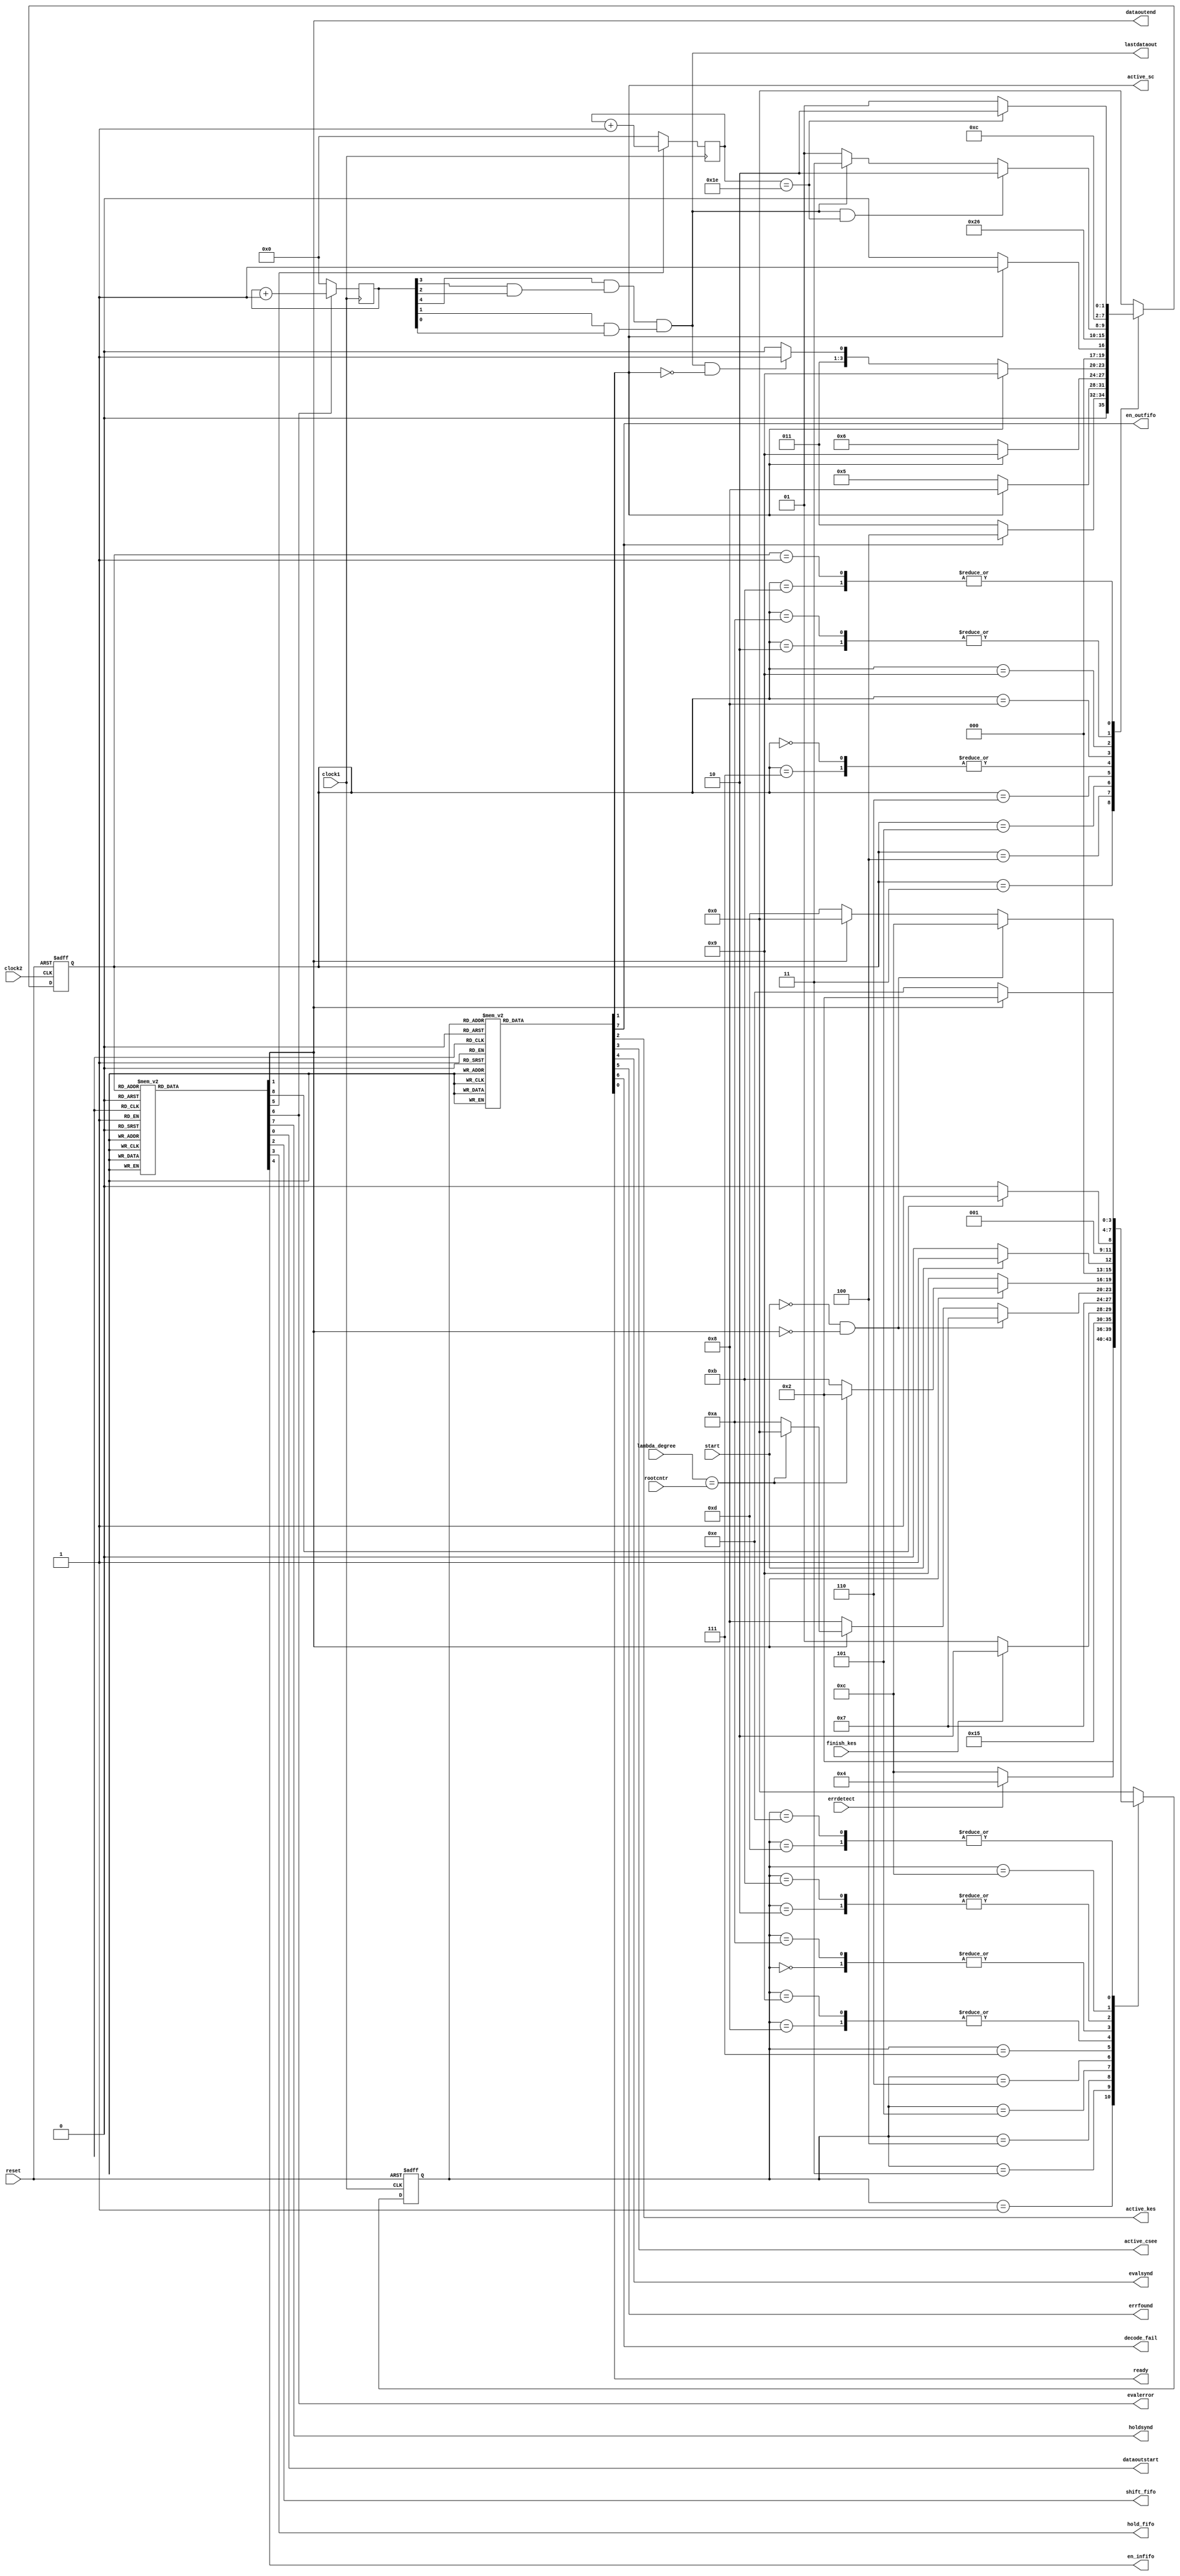
//****************************************************//
// This controller provides timing synchronization    //
// among all four modules (SC, KES, CSEE and FIFO     //
// Registers). It consists of 2 FSMs that operate on  //
// different clock phases.                            //
// With these FSMs, it is possible for SC block to    //
// get new received word data, while CSEE is still    //
// correcting old data. It is no need to wait the     //
// CSEE block to correct old data completely.         //
// So, it can minimize throughput bottleneck          //
// to only in KES block.                              //
//****************************************************//

module MainControl(start, reset, clock1, clock2, finish_kes,
                  errdetect, rootcntr, lambda_degree, active_sc, 
                  active_kes, active_csee, evalsynd, holdsynd, 
                  errfound, decode_fail, ready, dataoutstart, 
                  dataoutend, shift_fifo, hold_fifo, en_infifo, 
                  en_outfifo, lastdataout, evalerror);

input start, reset;
input clock1, clock2;
input errdetect, finish_kes;
input [2:0] rootcntr, lambda_degree;
output active_sc, active_kes, active_csee, ready;
output evalsynd, holdsynd, errfound, decode_fail;
output dataoutstart, dataoutend;
output shift_fifo, hold_fifo, en_infifo, en_outfifo;
output lastdataout, evalerror;

reg active_sc, active_kes, active_csee;
reg ready, decode_fail, evalsynd, holdsynd, errfound;
reg shift_fifo, hold_fifo, en_infifo, en_outfifo;
reg encntdataout, encntdatain;
reg [4:0] cntdatain, cntdataout;
reg dataoutstart, dataoutend;
reg datainfinish;
wire lastdataout;

parameter [3:0] st1_0=0, st1_1=1, st1_2=2, st1_3=3, st1_4=4, st1_5=5, 
                st1_6=6, st1_7=7, st1_8=8, st1_9=9, st1_10=10, 
                st1_11=11, st1_12=12, st1_13=13, st1_14=14;
reg [3:0] state1, nxt_state1;

parameter [3:0] st2_0=0, st2_1=1, st2_2=2, st2_3=3, st2_4=4, st2_5=5,
                st2_6=6, st2_7=7, st2_8=8, st2_9=9, st2_10=10,
                st2_11=11;
reg [3:0] state2, nxt_state2;

//***************************************************//
//                    FSM 1                          //
//***************************************************//
always@(posedge clock1 or negedge reset)
begin
    if(~reset)
      state1 = st1_0;
    else
      state1 = nxt_state1;    
end

always@(state1 or start or rootcntr or lambda_degree or errdetect 
         or datainfinish or finish_kes or dataoutend)
begin
   case(state1)
        st1_0 : begin
                if(start)
                  nxt_state1 = st1_1;
                else
                  nxt_state1 = st1_0;
                end
        st1_1 : nxt_state1 = st1_2;
        st1_2 : begin
                if(datainfinish)
                   nxt_state1 = st1_3;
                else
                   nxt_state1 = st1_2;
                end   
        st1_3 : begin
                if(errdetect)
                   nxt_state1 = st1_4;
                else
                   nxt_state1 = st1_12;
                end
        st1_4 : nxt_state1 = st1_5;
        st1_5 : begin
                if(finish_kes)
                  nxt_state1 = st1_6;
                else
                   nxt_state1 = st1_5;
                end
        st1_6 : nxt_state1 = st1_7;
        st1_7 : begin
                if((~start)&&(~dataoutend))
                   nxt_state1 = st1_7;
                else if(dataoutend)
                   begin
                       if(lambda_degree == rootcntr)
                          nxt_state1 = st1_0;
                       else
                          nxt_state1 = st1_10;
                   end
                else
                   nxt_state1 = st1_8;
                end
        st1_8 : begin
                if(dataoutend)
                   begin
                      if(lambda_degree == rootcntr)
                         nxt_state1 = st1_2;
                      else
                         nxt_state1 = st1_11;
                   end
                else
                   nxt_state1 = st1_9;
                end
        st1_9 : begin
                if(dataoutend)
                   begin
                      if(lambda_degree == rootcntr)
                         nxt_state1 = st1_2;
                      else
                         nxt_state1 = st1_11;
                   end
                else
                   nxt_state1 = st1_9;
                end 
        st1_10: begin
                if(start)
                   nxt_state1 = st1_1;
                else
                   nxt_state1 = st1_0;
                end
        st1_11: begin
                if(datainfinish)
                   nxt_state1 = st1_3;
                else
                   nxt_state1 = st1_2;
                end
        st1_12: begin
                if((~start)&&(~dataoutend))
                   nxt_state1 = st1_12;
                else if(dataoutend)
                   nxt_state1 = st1_0;
                else
                   nxt_state1 = st1_13;
                end
        st1_13: begin
                if(dataoutend)
                   nxt_state1 = st1_2;
                else
                   nxt_state1 = st1_14;
                end
        st1_14: begin
                if(dataoutend)
                   nxt_state1 = st1_2;
                else
                   nxt_state1 = st1_14;
                end
       default: nxt_state1 = st1_0;
   endcase
end

// Output logic of FSM1 //
always@(state1)
begin
    case(state1)
        st1_0 :begin
               ready = 1;
               active_sc = 0;
               active_kes = 0;
               active_csee = 0;
               evalsynd = 0;
               errfound = 0;
               decode_fail = 0;
               en_outfifo = 0;
               end
        st1_1 :begin
               ready = 1;
               active_sc = 1;
               active_kes = 0;
               active_csee = 0;
               evalsynd = 0;
               errfound = 0;
               decode_fail = 0;
               en_outfifo = 0;
               end         
        st1_2 :begin
               ready = 1;
               active_sc = 0;
               active_kes = 0;
               active_csee = 0;
               evalsynd = 0;
               errfound = 0;
               decode_fail = 0;
               en_outfifo = 0;
               end
        st1_3 :begin
               ready = 0;
               active_sc = 0;
               active_kes = 0;
               active_csee = 0;
               evalsynd = 1;
               errfound = 0;
               decode_fail = 0;
               en_outfifo = 0;
               end
        st1_4 :begin
               ready = 0;
               active_sc = 0;
               active_kes = 1;
               active_csee = 0;
               evalsynd = 0;
               errfound = 1;
               decode_fail = 0;
               en_outfifo = 0;
               end
        st1_5 :begin
               ready = 0;
               active_sc = 0;
               active_kes = 1;
               active_csee = 0;
               evalsynd = 0;
               errfound = 0;
               decode_fail = 0;
               en_outfifo = 0;
               end
        st1_6 :begin
               ready = 0;
               active_sc = 0;
               active_kes = 1;
               active_csee = 1;
               evalsynd = 0;
               errfound = 0;
               decode_fail = 0;
               en_outfifo = 0;
               end
        st1_7 :begin
               ready = 1;
               active_sc = 0;
               active_kes = 1;
               active_csee = 0;
               evalsynd = 0;
               errfound = 0;
               decode_fail = 0;
               en_outfifo = 1;
               end        
        st1_8 :begin
               ready = 1;
               active_sc = 1;
               active_kes = 1;
               active_csee = 0;
               evalsynd = 0;
               errfound = 0;
               decode_fail = 0;
               en_outfifo = 1;
               end           
        st1_9 :begin
               ready = 1;
               active_sc = 0;
               active_kes = 1;
               active_csee = 0;
               evalsynd = 0;
               errfound = 0;
               decode_fail = 0;
               en_outfifo = 1;
               end           
        st1_10:begin
               ready = 1;
               active_sc = 0;
               active_kes = 0;
               active_csee = 0;
               evalsynd = 0;
               errfound = 0;
               decode_fail = 1;
               en_outfifo = 0;
               end
        st1_11:begin
               ready = 1;
               active_sc = 0;
               active_kes = 0;
               active_csee = 0;
               evalsynd = 0;
               errfound = 0;
               decode_fail = 1;
               en_outfifo = 0;
               end
        st1_12:begin
               ready = 1;
               active_sc = 0;
               active_kes = 0;
               active_csee = 0;
               evalsynd = 0;
               errfound = 0;
               decode_fail = 0;
               en_outfifo = 1;
               end
        st1_13:begin
               ready = 1;
               active_sc = 1;
               active_kes = 0;
               active_csee = 0;
               evalsynd = 0;
               errfound = 0;
               decode_fail = 0;
               en_outfifo = 1;
               end
        st1_14:begin
               ready = 1;
               active_sc = 0;
               active_kes = 0;
               active_csee = 0;
               evalsynd = 0;
               errfound = 0;
               decode_fail = 0;
               en_outfifo = 1;
               end
       default:begin
               ready = 1;
               active_sc = 0;
               active_kes = 0;
               active_csee = 0;
               evalsynd = 0;
               errfound = 0;
               decode_fail = 0;
               en_outfifo = 0;
               end
    endcase
end
       
//****************************************// 
//                 FSM 2                  //
//****************************************//
always@(posedge clock2 or negedge reset)
begin
   if(~reset)
      state2 = st2_0;
   else
      state2 = nxt_state2;
end
      
always@(state2 or active_sc or cntdatain or lastdataout or en_outfifo)
begin
   case(state2)
      st2_0 : begin
              if(active_sc)
                 nxt_state2 = st2_1;
              else
                 nxt_state2 = st2_0;
              end
      st2_1 : begin
              if(cntdatain == 5'b11110)
                 nxt_state2 = st2_2;
              else
                 nxt_state2 = st2_1;
              end
      st2_2 : nxt_state2 = st2_3;
      st2_3 : begin
              if(en_outfifo)
                 nxt_state2 = st2_4;
              else
                 nxt_state2 = st2_3;
              end
      st2_4 : begin
              if(active_sc)
                 nxt_state2 = st2_8;
              else
                 nxt_state2 = st2_5;
              end
      st2_5 : begin
              if(active_sc)
                 nxt_state2 = st2_9;
              else
                 nxt_state2 = st2_6;
              end
      st2_6 : begin
              if(active_sc)
                 nxt_state2 = st2_9;
              else if((lastdataout) && (~active_sc))
                 nxt_state2 = st2_7;
              else
                 nxt_state2 = st2_6;
              end
      st2_7 : begin
              if(active_sc)
                 nxt_state2 = st2_1;
              else
                 nxt_state2 = st2_0;
              end
      st2_8 : nxt_state2 = st2_9;
      st2_9 : begin
              if((lastdataout) && (cntdatain==5'b11110))
                 nxt_state2 = st2_10;
              else if(lastdataout)
                 nxt_state2 = st2_11;
              else
                 nxt_state2 = st2_9;
              end
      st2_10: nxt_state2 = st2_3;
      st2_11: begin
              if(cntdatain==5'b11110)
                 nxt_state2 = st2_2;
              else
                 nxt_state2 = st2_1;
              end
      default: nxt_state2 = st2_0;
   endcase
end

// Output logic of FSM 2 //
always@(state2)
begin
    case(state2)
        st2_0 : begin
                dataoutstart = 0;
                dataoutend = 0;
                shift_fifo = 0;
                hold_fifo = 0;
                en_infifo = 0;
                encntdatain = 0;
                encntdataout = 0;
                holdsynd = 0;
                datainfinish = 0;
                end
        st2_1 : begin
                dataoutstart = 0;
                dataoutend = 0;
                shift_fifo = 1;
                hold_fifo = 0;
                en_infifo = 1;
                encntdatain = 1;
                encntdataout = 0;
                holdsynd = 0;
                datainfinish = 0;
                end
        st2_2 : begin
                dataoutstart = 0;
                dataoutend = 0;
                shift_fifo = 1;
                hold_fifo = 0;
                en_infifo = 1;
                encntdatain = 0;
                encntdataout = 0;
                holdsynd = 0;
                datainfinish = 1;
                end
        st2_3 : begin
                dataoutstart = 0;
                dataoutend = 0;
                shift_fifo = 0;
                hold_fifo = 1;
                en_infifo = 0;
                encntdatain = 0;
                encntdataout = 0;
                holdsynd = 1;
                datainfinish = 0;
                end
        st2_4 : begin
                dataoutstart = 0;
                dataoutend = 0;
                shift_fifo = 0;
                hold_fifo = 1;
                en_infifo = 0;
                encntdatain = 0;
                encntdataout = 1;
                holdsynd = 0;
                datainfinish = 0;
                end
        st2_5 : begin
                dataoutstart = 1;
                dataoutend = 0;
                shift_fifo = 1;
                hold_fifo = 0;
                en_infifo = 0;
                encntdatain = 0;
                encntdataout = 1;
                holdsynd = 0;
                datainfinish = 0;
                end
        st2_6 : begin
                dataoutstart = 0;
                dataoutend = 0;
                shift_fifo = 1;
                hold_fifo = 0;
                en_infifo = 0;
                encntdatain = 0;
                encntdataout = 1;
                holdsynd = 0;
                datainfinish = 0;
                end
        st2_7 : begin
                dataoutstart = 0;
                dataoutend = 1;
                shift_fifo = 0;
                hold_fifo = 0;
                en_infifo = 0;
                encntdatain = 0;
                encntdataout = 0;
                holdsynd = 0;
                datainfinish = 0;
                end
        st2_8 : begin
                dataoutstart = 1;
                dataoutend = 0;
                shift_fifo = 1;
                hold_fifo = 0;
                en_infifo = 1;
                encntdatain = 1;
                encntdataout = 1;
                holdsynd = 0;
                datainfinish = 0;
                end
        st2_9 : begin
                dataoutstart = 0;
                dataoutend = 0;
                shift_fifo = 1;
                hold_fifo = 0;
                en_infifo = 1;
                encntdatain = 1;
                encntdataout = 1;
                holdsynd = 0;
                datainfinish = 0;
                end
        st2_10: begin
                dataoutstart = 0;
                dataoutend = 1;
                shift_fifo = 1;
                hold_fifo = 0;
                en_infifo = 1;
                encntdatain = 0;
                encntdataout = 0;
                holdsynd = 0;
                datainfinish = 1;
                end
        st2_11: begin
                dataoutstart = 0;
                dataoutend = 1;
                shift_fifo = 1;
                hold_fifo = 0;
                en_infifo = 1;
                encntdatain = 1;
                encntdataout = 0;
                holdsynd = 0;
                datainfinish = 0;
                end
       default: begin
                dataoutstart = 0;
                dataoutend = 0;
                shift_fifo = 0;
                hold_fifo = 0;
                en_infifo = 0;
                encntdatain = 0;
                encntdataout = 0;
                holdsynd = 0;
                datainfinish = 0;
                end
   endcase
  end
        

//*********************//
// Counter for dataout //               
always@(posedge clock1)
begin
   if(encntdataout)
      cntdataout =  cntdataout + 1;
   else
      cntdataout = 5'b0;
end

// Counter for datain //               
always@(posedge clock1)
begin
   if(encntdatain)
      cntdatain =  cntdatain + 1;
   else
      cntdatain = 5'b0;
end

// lastdataout is 1 if cntdataout = 5'b11111 //
assign lastdataout = cntdataout[4] & (cntdataout[3]&cntdataout[2]) &
                     (cntdataout[1]&cntdataout[0]);

assign evalerror = encntdataout;

endmodule